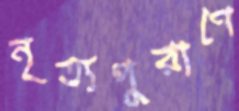
নৃত্যপুরাণে